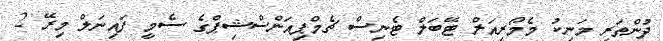
ދުންތަރި މަނިކު މެމޯރިއަލް ޓޭބަލް ޓެނިސް ޗެމްޕިއަންސްޝިޕްގެ ސެމީ ފައިނަލް މިރޭ 2